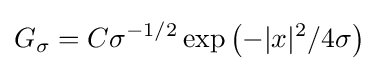
G_{\sigma }=C\sigma ^{-1/2}\exp \left(-|x|^{2}/4\sigma \right)